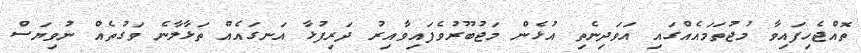
ތޮއްޖެހިފައިވާ މުޖުތަމައެއްގައި އަވަދިނެތި އުޅެން މަޖުބޫރުވެފައިވާއިރު ދަރިފުޅާ އަނގައެއް ތަޅާލާނެ ވަގުތެއް ނުވިޔަސް